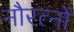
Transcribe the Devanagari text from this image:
नौरत्नों